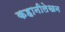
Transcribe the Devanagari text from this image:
कहानीलेखन